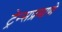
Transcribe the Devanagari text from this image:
ट्रेन्सप्रमाणे